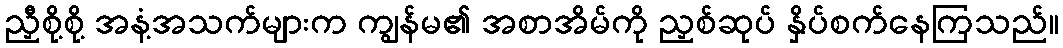
ညှီစို့စို့ အနံ့အသက်များက ကျွန်မ၏ အစာအိမ်ကို ညှစ်ဆုပ် နှိပ်စက်နေကြသည်။